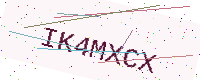
Text: IK4MXCX